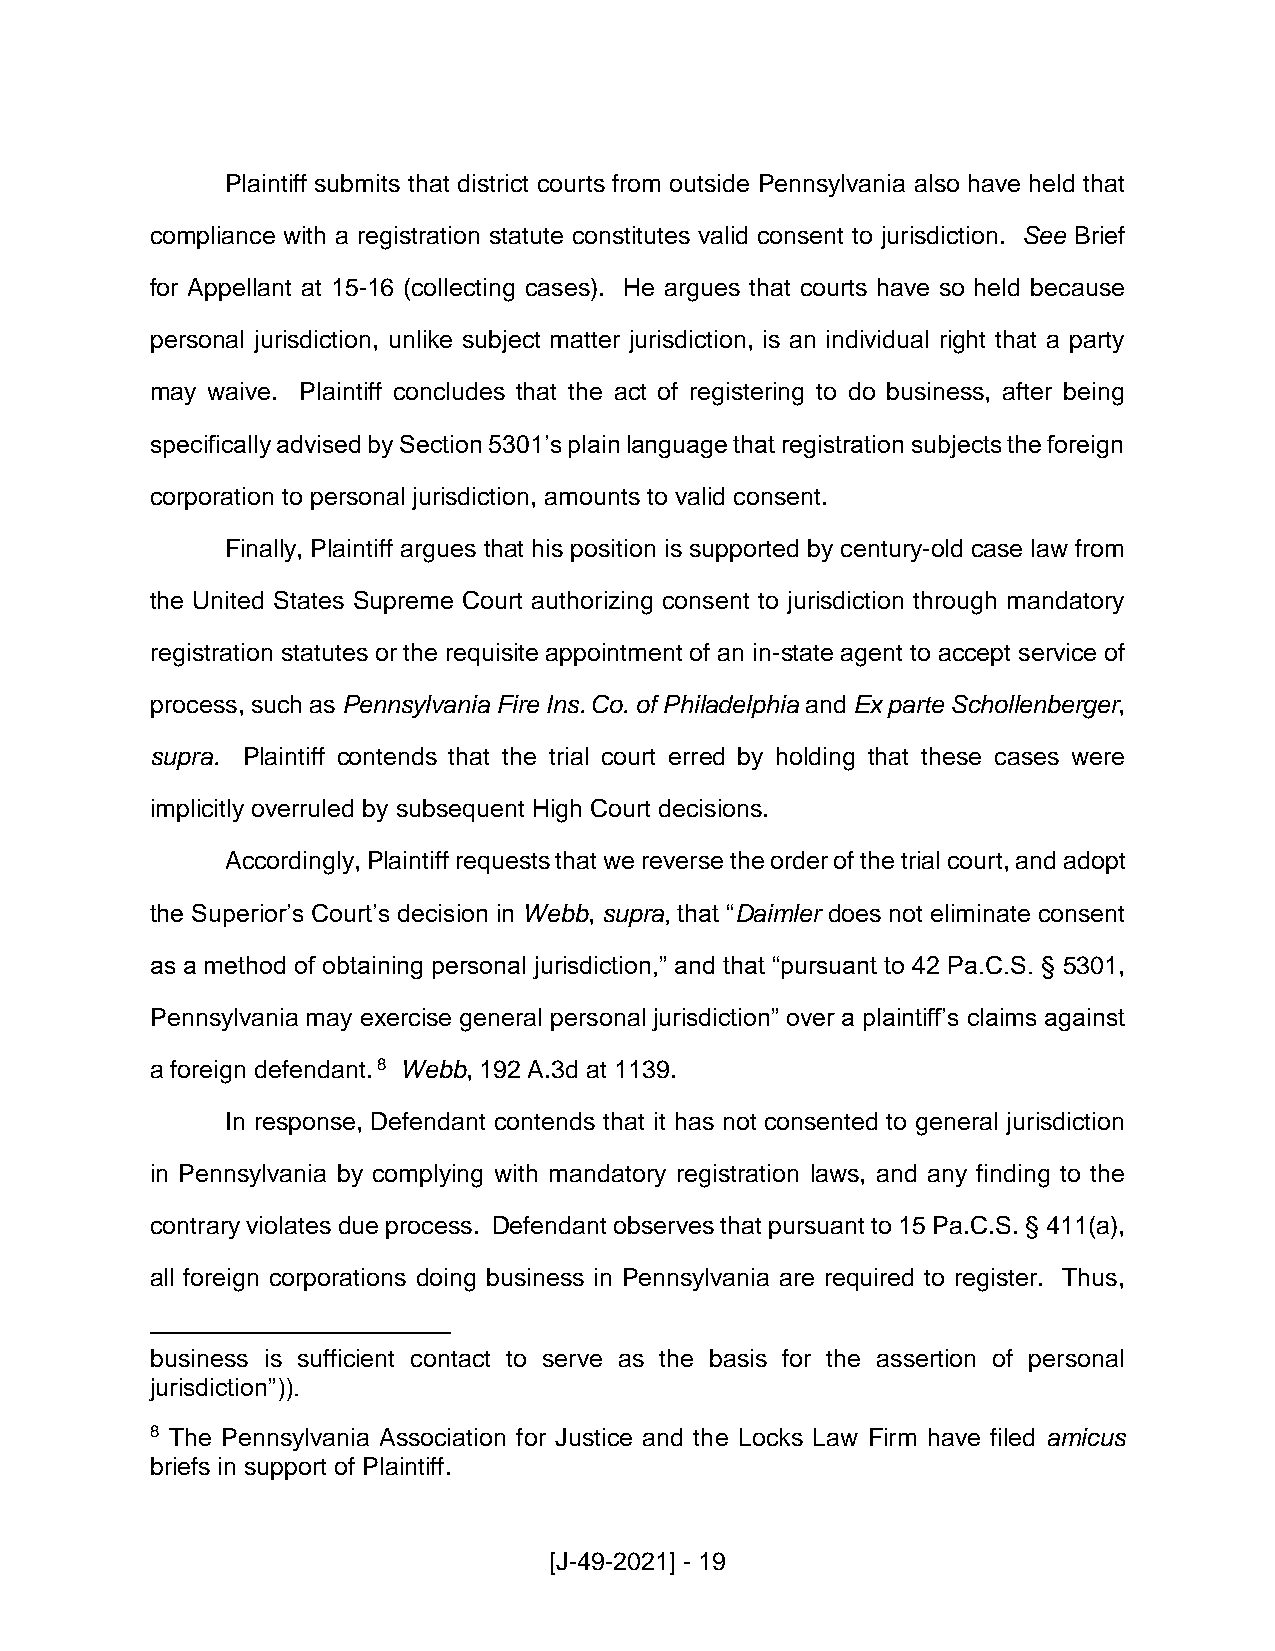
Plaintiff submits that district courts from outside Pennsylvania also have held that
 compliance with a registration statute constitutes valid consent to jurisdiction. See Brief
 for Appellant at 15-16 (collecting cases). He argues that courts have so held because
 personal jurisdiction, unlike subject matter jurisdiction, is an individual right that a party
 may waive. Plaintiff concludes that the act of registering to do business, after being
 specifically advised by Section 5301’s plain language that registration subjects the foreign
 corporation to personal jurisdiction, amounts to valid consent.
 Finally, Plaintiff argues that his position is supported by century-old case law from
 the United States Supreme Court authorizing consent to jurisdiction through mandatory
 registration statutes or the requisite appointment of an in-state agent to accept service of
 process, such as Pennsylvania Fire Ins. Co. of Philadelphia and Ex parte Schollenberger,
 supra. Plaintiff contends that the trial court erred by holding that these cases were
 implicitly overruled by subsequent High Court decisions.
 Accordingly, Plaintiff requests that we reverse the order of the trial court, and adopt
 the Superior’s Court’s decision in Webb, supra, that “Daimler does not eliminate consent
 as a method of obtaining personal jurisdiction,” and that “pursuant to 42 Pa.C.S. § 5301,
 Pennsylvania may exercise general personal jurisdiction” over a plaintiff’s claims against
 a foreign defendant. 8 Webb, 192 A.3d at 1139.
 In response, Defendant contends that it has not consented to general jurisdiction
 in Pennsylvania by complying with mandatory registration laws, and any finding to the
 contrary violates due process. Defendant observes that pursuant to 15 Pa.C.S. § 411(a),
 all foreign corporations doing business in Pennsylvania are required to register. Thus,
 business is sufficient contact to serve as the basis for the assertion of personal
 jurisdiction”)).
 8 The Pennsylvania Association for Justice and the Locks Law Firm have filed amicus
 briefs in support of Plaintiff.
 [J-49-2021] - 19